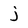
Character: j